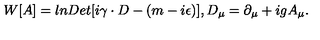
W [ A ] = l n D e t [ i \gamma \cdot D - ( m - i \epsilon ) ] , D _ { \mu } = \partial _ { \mu } + i g A _ { \mu } .